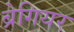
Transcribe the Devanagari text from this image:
ब्रेगियर